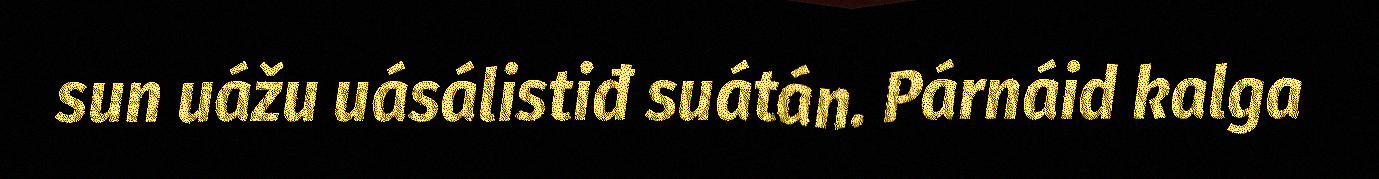
sun uážu uásálistiđ suátán. Párnáid kalga